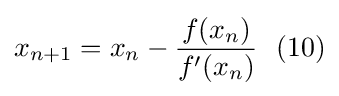
x_{n+1}=x_{n}-{\frac {f(x_{n})}{f'(x_{n})}}\ \ (10)